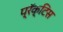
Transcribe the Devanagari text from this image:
प्रॅक्‍टिस